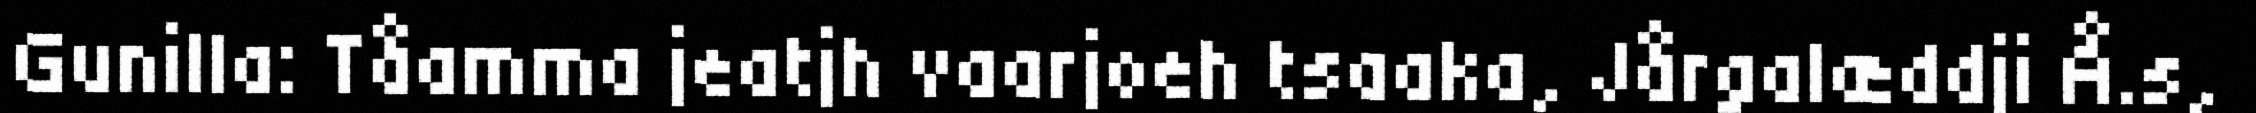
Gunilla: Tåamma jeatjh vaarjoeh tsaaka, Jårgalæddji Å.s,